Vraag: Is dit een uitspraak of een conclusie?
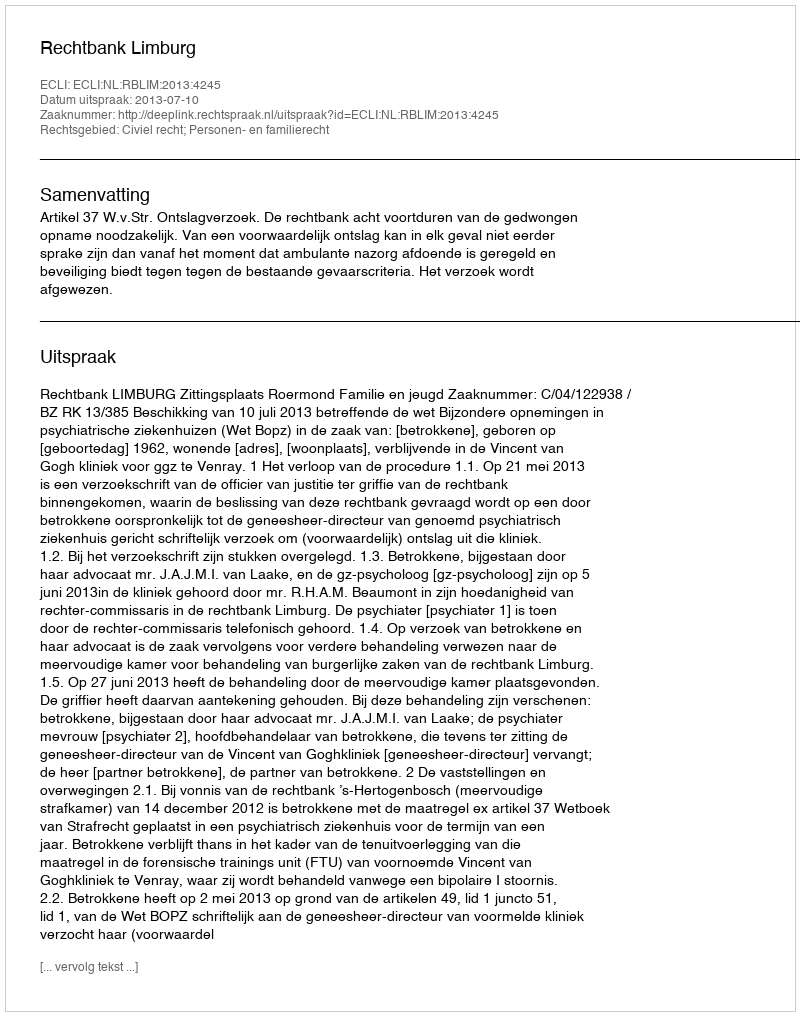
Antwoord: Uitspraak